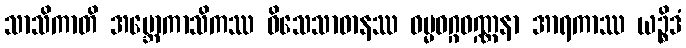
သာသိကာတိ အဗ္ဘောကာသိကဿ ဝိသေသာဓာနဿ ဓမ္မဝဂ္ဂဝဏ္ဏနာ အာရကာဿ ယဉ္စိဒံ